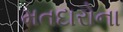
મતદારોના